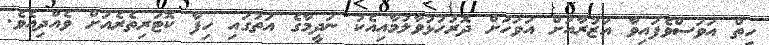
ހިތް އަވަސްވެފައިވާ އަޒުރާއަށް އަވަހަށް ދޮރުހުޅުވާލުމާއިއެކު ނަދީމާގެ އަތުގައި ހިފާ ކޮޓަރިތެރެއަށް ވެއްދިއެވެ.